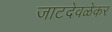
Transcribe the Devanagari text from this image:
जाटदेवळेकर